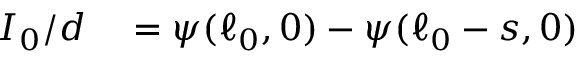
\begin{array} { r l } { I _ { 0 } / d } & { { } = \psi ( \ell _ { 0 } , 0 ) - \psi ( \ell _ { 0 } - s , 0 ) } \end{array}